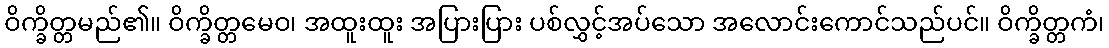
ဝိက္ခိတ္တမည်၏။ ဝိက္ခိတ္တမေဝ၊ အထူးထူး အပြားပြား ပစ်လွှင့်အပ်သော အလောင်းကောင်သည်ပင်။ ဝိက္ခိတ္တကံ၊